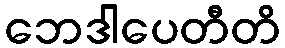
ဘေဒါပေတီတိ